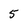
Character: 5